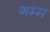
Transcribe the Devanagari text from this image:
गम्म